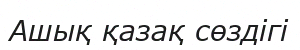
Ашық қазақ сөздігі